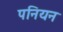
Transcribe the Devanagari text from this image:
पनियन